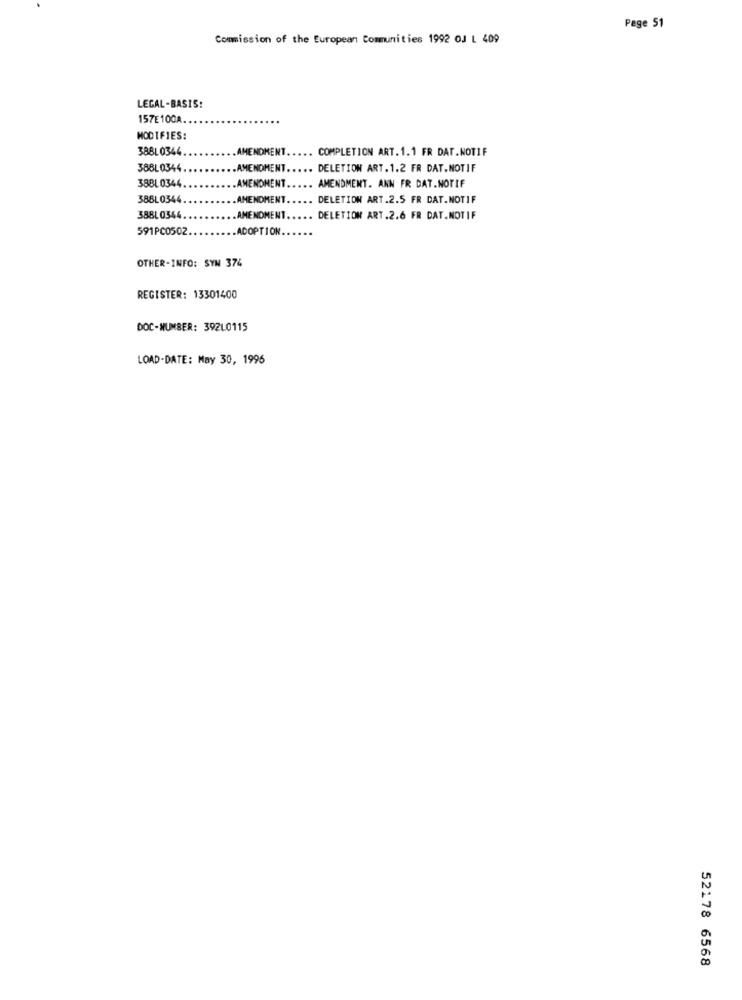
Page 51
Commission of the European Communities 1992 OJ L 409
LEGAL -BASIS:
157E100A.
MODIFIES:
388L 0344
AMENDMENT ..
COMPLETION ART.1.1 FR DAT.NOTIF
388L 0344
AMENDMENT ..
DELETION ART.1.2 FR DAT.NOTIF
38BL 0344
AMENDMENT
AMENDMENT. ANN FR DAT.NOTIF
388L0344
AMENDMENT
DELETION ART.2.5 FR DAT.NOTIF
388L0344
AMENDMENT.
DELETION ART.2.6 FR DAT.NOTIF
591PC0502
ADOPTION ..
OTHER-INFO: SYN 374
REGISTER: 13301400
DOC-NUMBER: 392L0115
LOAD-DATE: May 30, 1996
52178 6568